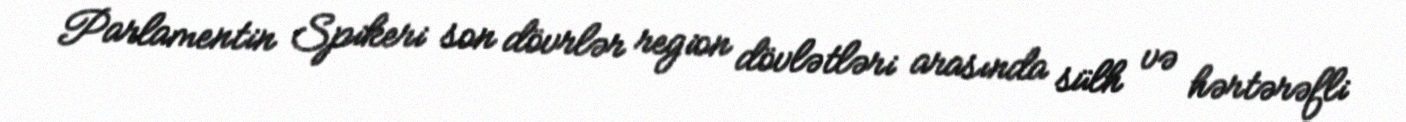
Parlamentin Spikeri son dövrlər region dövlətləri arasında sülh və hərtərəfli